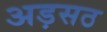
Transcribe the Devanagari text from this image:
अड़सठ